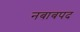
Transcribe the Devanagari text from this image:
नबाबपद